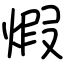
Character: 煆